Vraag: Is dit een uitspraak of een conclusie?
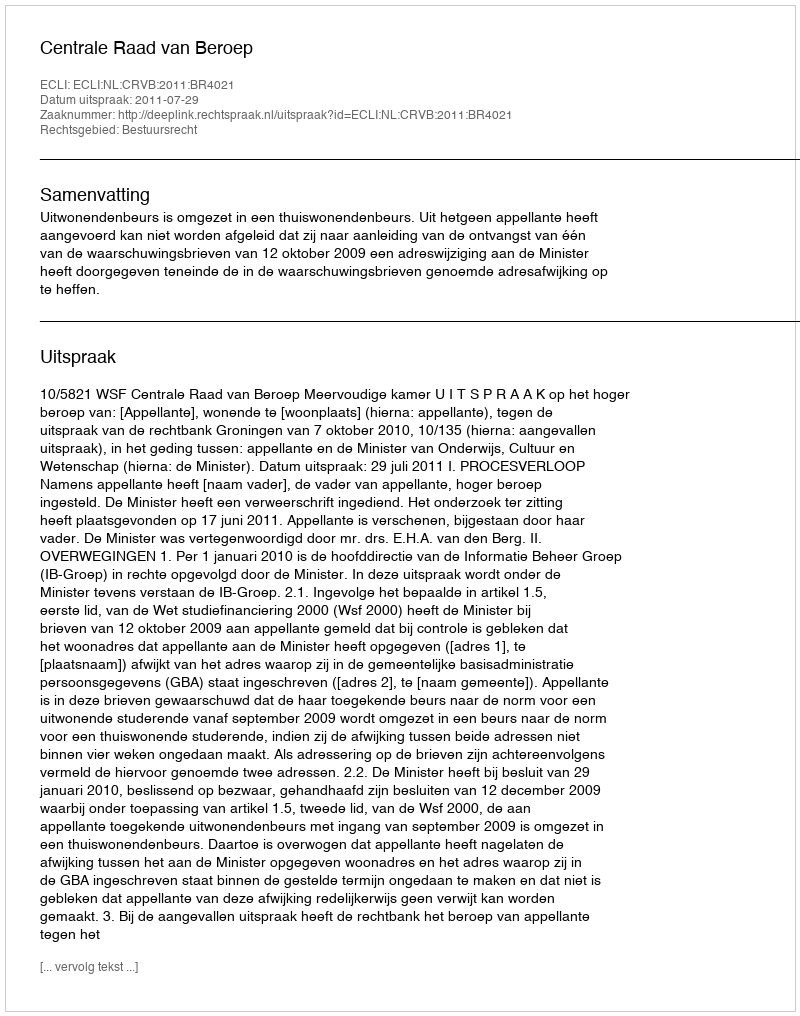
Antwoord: Uitspraak